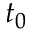
t _ { 0 }